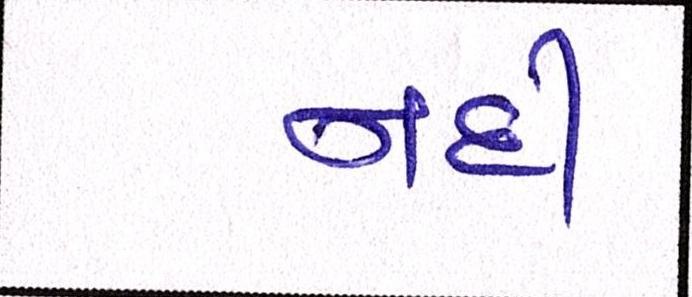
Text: નદી